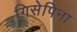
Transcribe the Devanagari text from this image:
गिसेपिना